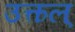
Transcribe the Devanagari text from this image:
उत्कल्